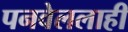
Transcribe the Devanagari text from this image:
पनवेललाही